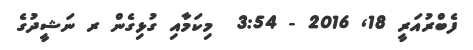
ފެބްރުއަރީ 18